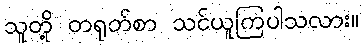
သူတို့ တရုတ်စာ သင်ယူကြပါသလား။